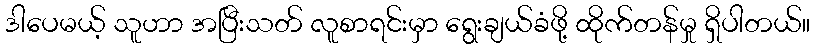
ဒါပေမယ့် သူဟာ အပြီးသတ် လူစာရင်းမှာ ရွေးချယ်ခံဖို့ ထိုက်တန်မှု ရှိပါတယ်။